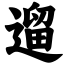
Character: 遛